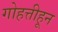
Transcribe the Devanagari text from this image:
गोहत्तीहून